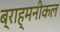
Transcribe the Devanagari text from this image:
ब्राह्मनीकल